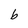
Character: b